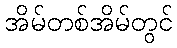
အိမ်တစ်အိမ်တွင်